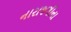
નારાજગીના